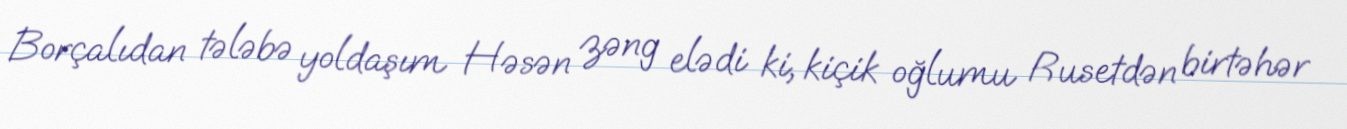
Borçalıdan tələbə yoldaşım Həsən zəng elədi ki, kiçik oğlumu Rusetdən birtəhər